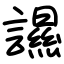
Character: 䜙